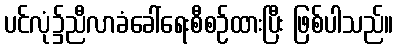
ပင်လုံ၌ညီလာခံခေါ်ရေးစီစဉ်ထားပြီး ဖြစ်ပါသည်။